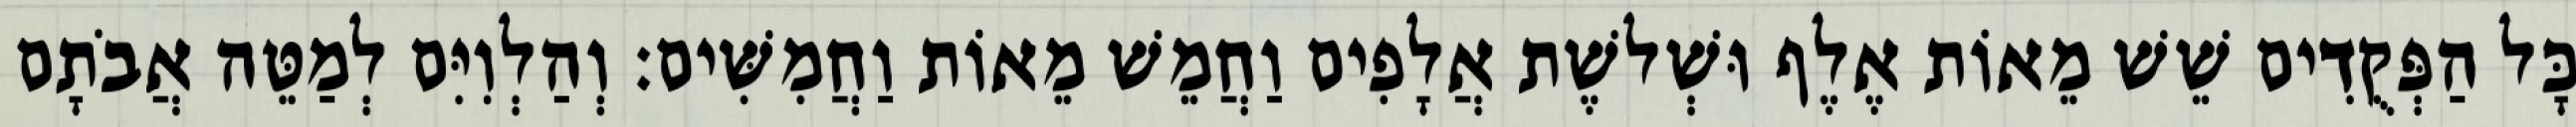
כָּל הַפְּקֻדִים שֵׁשׁ מֵאוֹת אֶלֶף וּשְׁלשֶׁת אֲלָפִים וַחֲמֵשׁ מֵאוֹת וַחֲמִשִּׁים׃ וְהַלְוִיִּם לְמַטֵּה אֲבֹתָם